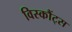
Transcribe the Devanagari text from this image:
विस्कौंट्स